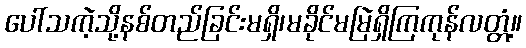
ပေါ်သကဲ့သို့နစ်တည်ခြင်းမရှိ၊မခိုင်မမြဲရှိကြကုန်လတ္တံ့။